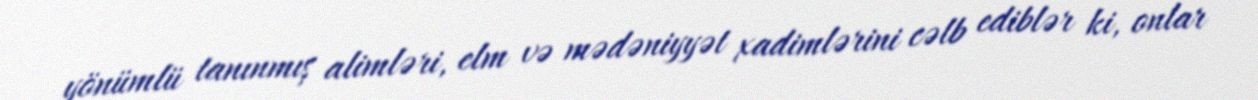
yönümlü tanınmış alimləri, elm və mədəniyyət xadimlərini cəlb ediblər ki, onlar